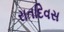
રાતદિવસ